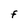
Character: F